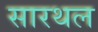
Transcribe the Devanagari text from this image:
सारथल